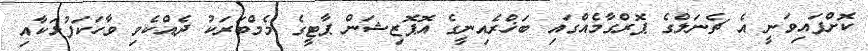
ކޮށްފައިވަނީ އެ ޗެނަލްގެ ޕޮރްގާމެއްގައި ބަޚްރެއިނީގެ އޮޕޮޒިޝަން ޕާޓީގެ މެމްބަރަކު ދެއްކެވި ވާހަކަފުޅަކާއި